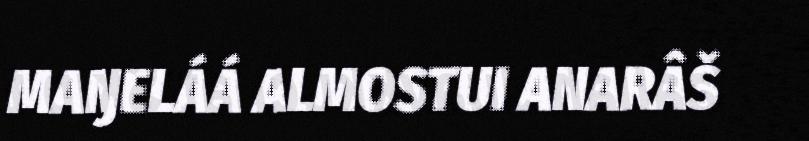
MAŊELÁÁ ALMOSTUI ANARÂŠ